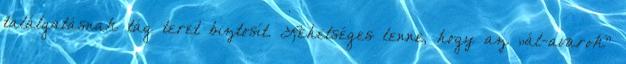
találgatásnak tág teret biztosít. Lehetséges lenne, hogy az „ál-avarok"